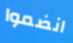
انضموا